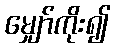
မျှော်ကိုး၍